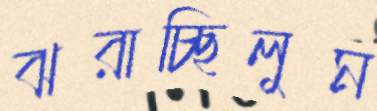
ঝরাচ্ছিলুম